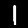
Label: 1